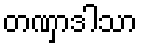
တဏှာဒါသာ